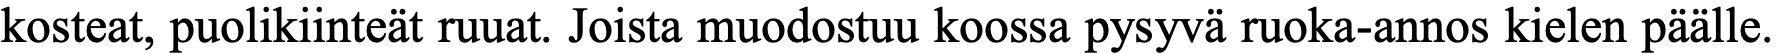
kosteat, puolikiinteät ruuat. Joista muodostuu koossa pysyvä ruoka-annos kielen päälle.